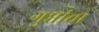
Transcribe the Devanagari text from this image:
गुप्तांचा